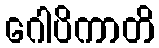
ဂေါပိကာတိ